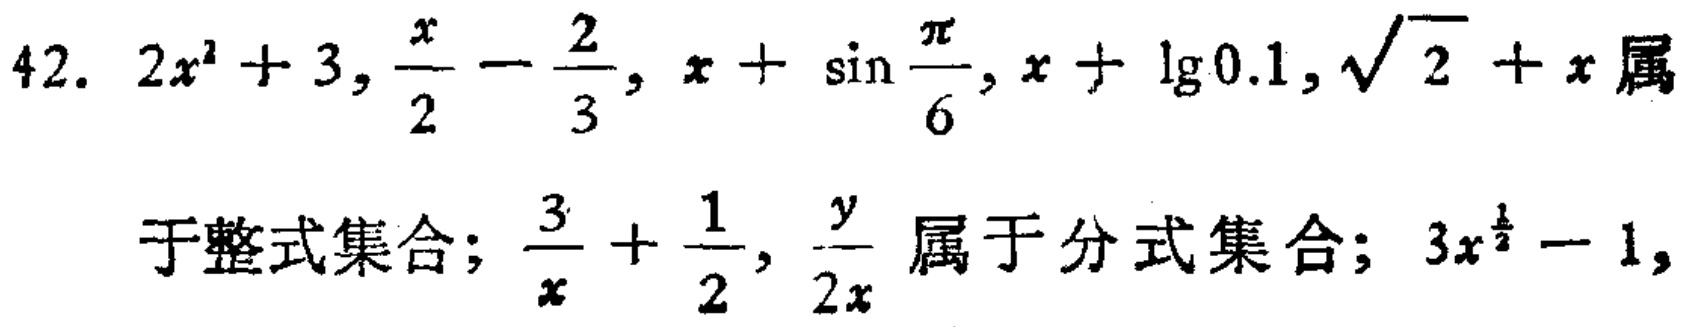
42. \(2x^{2}+3,\frac{x}{2}-\frac{2}{3},x + \sin\frac{\pi}{6},x+\lg0.1,\sqrt{2}+x\)属于整式集合；\(\frac{3}{x}+\frac{1}{2},\frac{y}{2x}\)属于分式集合；\(3x^{\frac{1}{2}} - 1,\)